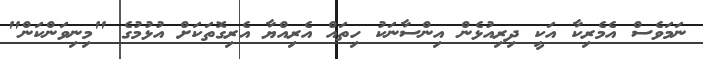
ނަމަވެސް އެމެރިކާ އަކީ ދިރިއުޅެން އިންސާނަކު ހިތައް އެރިއްޔާ އެރިގޮތަކަށް އުޅުމުގެ "މިނިވަންކަން"